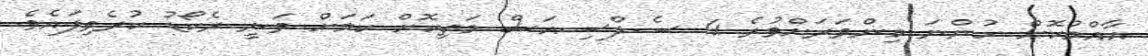
އާއްމުކޮށް ހުންނަ މިންވަރަށްވުރެ 4 ސެލްސިއަސް މަތިކޮށް ކަމަށް ވަނީ ރެކޯޑު ކުރެވިފައެވެ.